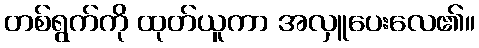
တစ်ရွက်ကို ထုတ်ယူကာ အလှူပေးလေ၏။